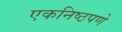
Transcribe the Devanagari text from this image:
एकनिष्ठपणे